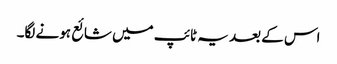
اس کے بعد یہ ٹائپ میں شائع ہونے لگا۔